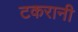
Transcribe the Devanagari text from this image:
टकरानी